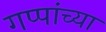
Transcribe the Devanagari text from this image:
गप्पांच्या